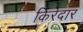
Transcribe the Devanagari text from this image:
किरेदार